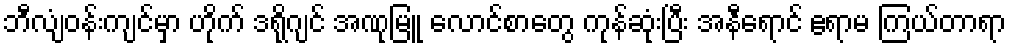
ဘီလျံဝန်းကျင်မှာ ဟိုက် ဒရိုဂျင် အဏုမြူ လောင်စာတွေ ကုန်ဆုံးပြီး အနီရောင် ဧရာမ ကြယ်တာရာ